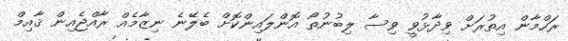
ރަހްމާން އިތުރަށް ވިދާޅުވީ ވިސާ ލިބުނުތޯ އޮންލައިންކޮށް ބެލޭނެ ނިޒާމެއް ރާއްޖެއިން ޤާއިމް